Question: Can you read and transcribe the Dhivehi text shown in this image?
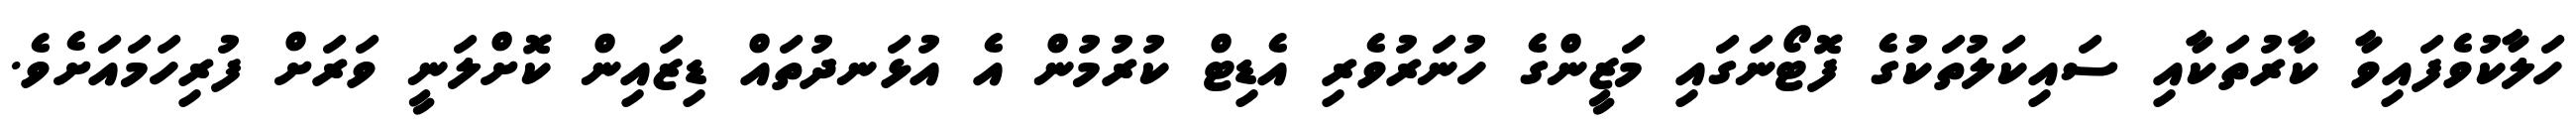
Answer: ހަލާކުވެފައިވާ ކާރުތަކާއި ސައިކަލުތަކުގެ ފޮޓޯނަގައި މަޒީންގެ ހުނަރުވެރި އެޑިޓް ކުރުމުން އެ އުޅަނދުތައް ޑިޒައިން ކޮށްލަނީ ވަރަށް ފުރިހަމައަށެވެ.